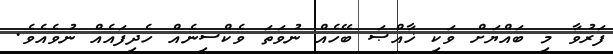
ފަރުވާ މި ބައްޔަށް ވަކި ޚާއްޞަ ބޭހެއް ނުވަތަ ވެކްސިނެއް ހެދިފައެއް ނުވެއެވެ.